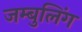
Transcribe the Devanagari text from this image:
जम्बुलिंग